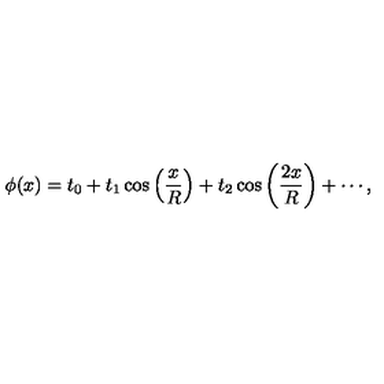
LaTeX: \phi ( x ) = t _ { 0 } + t _ { 1 } \cos \left( { \frac { x } { R } } \right) + t _ { 2 } \cos \left( { \frac { { 2 x } } { R } } \right) + \cdots ,